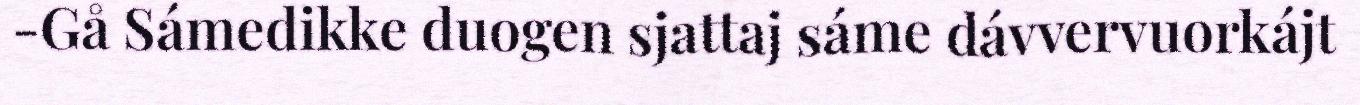
-Gå Sámedikke duogen sjattaj sáme dávvervuorkájt